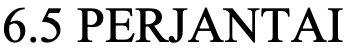
6.5 PERJANTAI